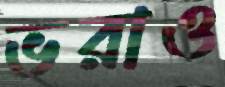
ভরাও